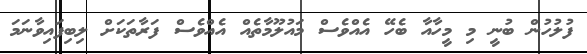
ފުލުހުން ބުނީ މި މީހާއާ ބެހޭ އެއްވެސް މައުލޫމާތެއް އެއްވެސް ފަރާތަކަށް ލިބިފައިވާނަމަ